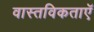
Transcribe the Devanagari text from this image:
वास्तविकताएॅ